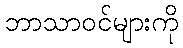
ဘာသာဝင်များကို